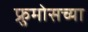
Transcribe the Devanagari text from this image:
फ्रुमोसच्या